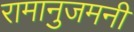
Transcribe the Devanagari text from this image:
रामानुजमनी